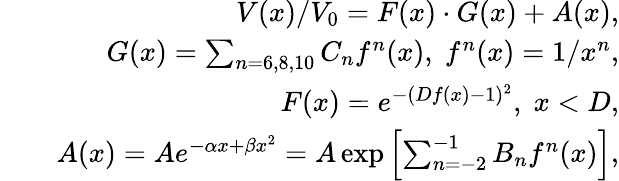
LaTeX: \begin{array}{rlr}&{}&{V(x)/V_{0}=F(x)\cdot G(x)+A(x),}\\ &{}&{G(x)=\sum_{n=6,8,10}C_{n}f^{n}(x),\; f^{n}(x)=1/x^{n},}\\ &{}&{F(x)=e^{-(Df(x)-1)^{2}},\; x<D,}\\ &{}&{A(x)=Ae^{-\alpha x+\beta x^{2}}=A\exp\left[\sum_{n=-2}^{-1}B_{n}f^{n}(x)\right],}\end{array}